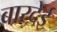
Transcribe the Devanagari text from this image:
बारदेई